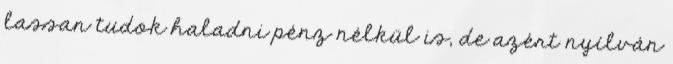
lassan tudok haladni pénz nélkül is, de azért nyílván